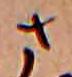
さ